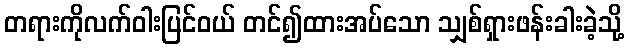
တရားကိုလက်ဝါးပြင်ဝယ် တင်၍ထားအပ်သော သျှစ်ရှားဖန်းခါးခဲ့သို့